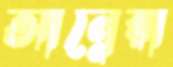
আন্নেরা